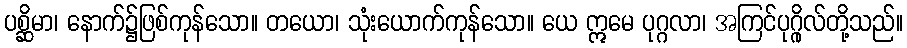
ပစ္ဆိမာ၊ နောက်၌ဖြစ်ကုန်သော။ တယော၊ သုံးယောက်ကုန်သော။ ယေ ဣမေ ပုဂ္ဂလာ၊ အကြင်ပုဂ္ဂိုလ်တို့သည်။